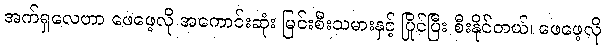
အက်ရှလေဟာ ဖေဖေ့လို အကောင်းဆုံး မြင်းစီးသမားနှင့် ပြိုင်ပြီး စီးနိုင်တယ်၊ ဖေဖေ့လို